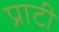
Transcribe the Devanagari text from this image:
प्राटी